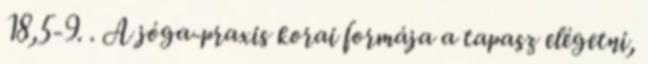
18,5-9. . A jóga-praxis korai formája a tapasz elégetni,